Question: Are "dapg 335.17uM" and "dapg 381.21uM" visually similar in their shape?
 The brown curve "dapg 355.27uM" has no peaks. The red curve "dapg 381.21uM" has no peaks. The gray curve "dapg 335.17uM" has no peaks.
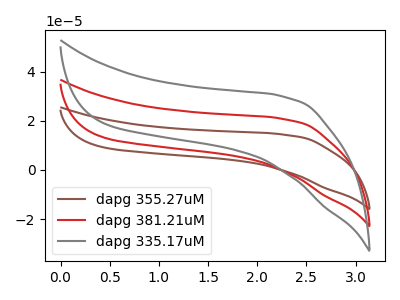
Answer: <think>Neither "dapg 335.17uM" or "dapg 381.21uM" have any peaks.
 </think>
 <answer>"dapg 335.17uM" and "dapg 381.21uM" are similar in shape.</answer>
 <eval>same_shape</eval>